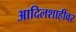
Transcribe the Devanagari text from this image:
आदिलशाहीवर